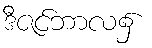
ဒီဇင်ဘာလ၌